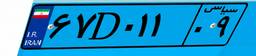
۶۵D۲۶۹۵۸